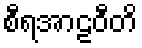
စီရအာဠဝီတိ